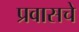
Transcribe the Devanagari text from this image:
प्रवासचे